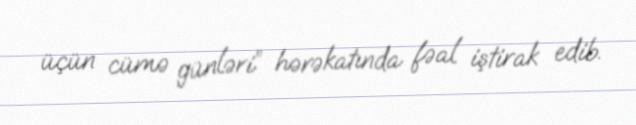
üçün cümə günləri” hərəkatında fəal iştirak edib.